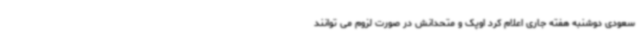
سعودی دوشنبه هفته جاری اعلام کرد اوپک و متحدانش در صورت لزوم می توانند